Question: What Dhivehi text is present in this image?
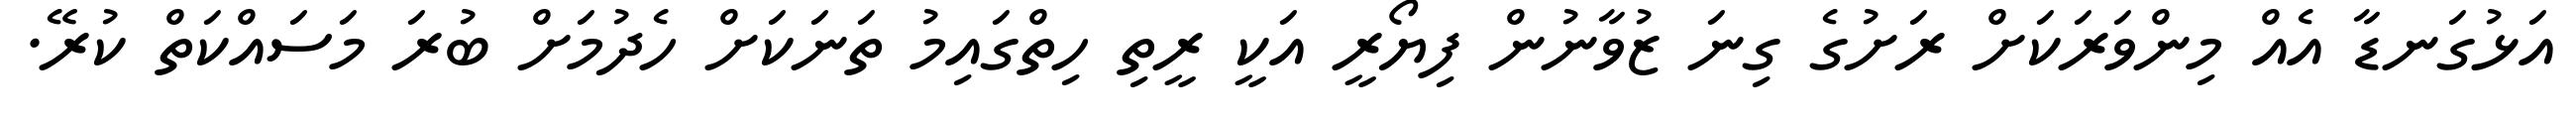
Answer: އަޅުގަނޑާ އެއް މިންވަރަކަށް ރަށުގެ ގިނަ ޒުވާނުން ފިޔޯރީ އަކީ ރީތި ހިތްގައިމު ތަނަކަށް ހެދުމަށް ބުރަ މަސައްކަތް ކުރޭ.